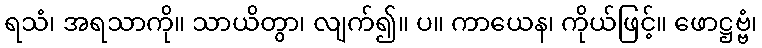
ရသံ၊ အရသာကို။ သာယိတွာ၊ လျက်၍။ ပ။ ကာယေန၊ ကိုယ်ဖြင့်။ ဖောဋ္ဌဗ္ဗံ၊